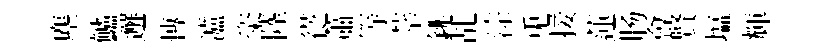
塵鱸邂慱瀘粢陸徔蕭等莘銚乩淙兎接蓮肠會賢塩輝